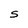
Character: S